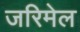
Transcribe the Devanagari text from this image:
जरिमेल